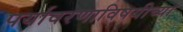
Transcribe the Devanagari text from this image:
पर्यावरणाविषयीच्या